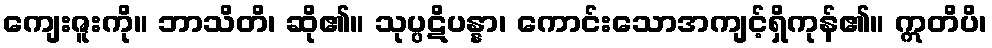
ကျေးဇူးကို။ ဘာသိတိ၊ ဆို၏။ သုပ္ပဋိပန္နာ၊ ကောင်းသောအကျင့်ရှိကုန်၏။ ဣတိပိ၊